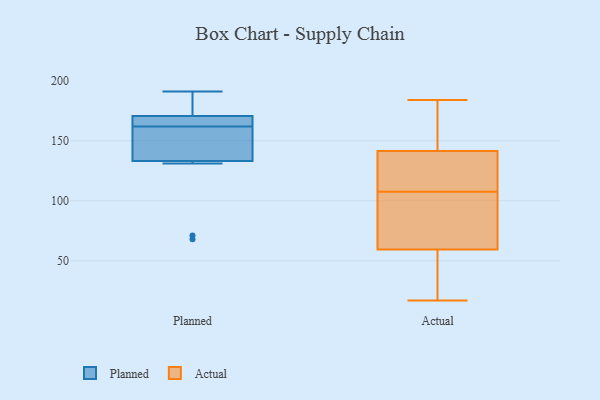
{"axis": {"x": "Budget (USD K)", "y": "Value"}, "legend": ["Actual", "Planned"], "data": [{"x": "", "y": 170, "type": "Planned"}, {"x": "", "y": 165, "type": "Planned"}, {"x": "", "y": 71, "type": "Planned"}, {"x": "", "y": 162, "type": "Planned"}, {"x": "", "y": 171, "type": "Planned"}, {"x": "", "y": 191, "type": "Planned"}, {"x": "", "y": 178, "type": "Planned"}, {"x": "", "y": 140, "type": "Planned"}, {"x": "", "y": 68, "type": "Planned"}, {"x": "", "y": 131, "type": "Planned"}, {"x": "", "y": 146, "type": "Planned"}, {"x": "", "y": 112, "type": "Actual"}, {"x": "", "y": 145, "type": "Actual"}, {"x": "", "y": 107, "type": "Actual"}, {"x": "", "y": 37, "type": "Actual"}, {"x": "", "y": 131, "type": "Actual"}, {"x": "", "y": 58, "type": "Actual"}, {"x": "", "y": 184, "type": "Actual"}, {"x": "", "y": 163, "type": "Actual"}, {"x": "", "y": 120, "type": "Actual"}, {"x": "", "y": 178, "type": "Actual"}, {"x": "", "y": 154, "type": "Actual"}, {"x": "", "y": 61, "type": "Actual"}, {"x": "", "y": 17, "type": "Actual"}, {"x": "", "y": 29, "type": "Actual"}, {"x": "", "y": 89, "type": "Actual"}, {"x": "", "y": 73, "type": "Actual"}, {"x": "", "y": 108, "type": "Actual"}, {"x": "", "y": 138, "type": "Actual"}, {"x": "", "y": 23, "type": "Actual"}, {"x": "", "y": 99, "type": "Actual"}]}